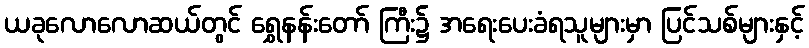
ယခုလောလောဆယ်တွင် ရွှေနန်းတော် ကြီး၌ အရေးပေးခံရသူများမှာ ပြင်သစ်များနှင့်